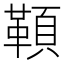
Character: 𩔈